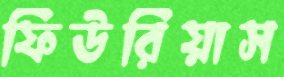
ফিউরিয়াস